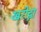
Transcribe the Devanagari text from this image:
खरीद्ना